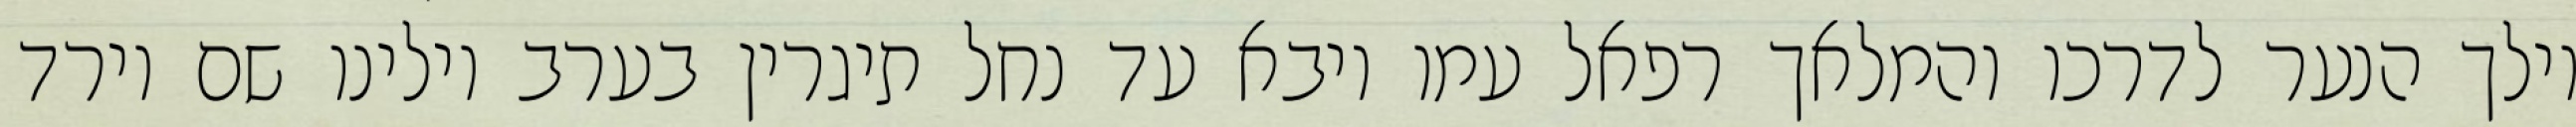
וילך הנער לדרכו והמלאך רפאל עמו ויבא עד נחל תיגרין בערב וילינו שם וירד